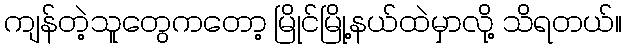
ကျန်တဲ့သူတွေကတော့ မြိုင်မြို့နယ်ထဲမှာလို့ သိရတယ်။